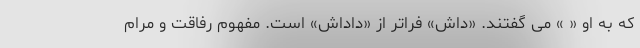
که به او « » می گفتند. «داش» فراتر از «داداش» است. مفهوم رفاقت و مرام